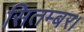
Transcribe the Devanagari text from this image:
सितम्बर।